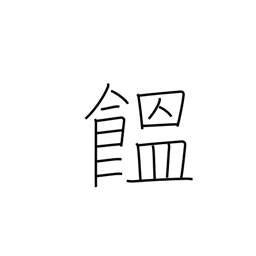
Meaning: Japanese noodles